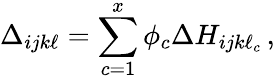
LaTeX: \Delta_{ijk\ell}=\sum_{c=1}^{x}\phi_{c}\Delta H_{ijk\ell_{c}}\, ,